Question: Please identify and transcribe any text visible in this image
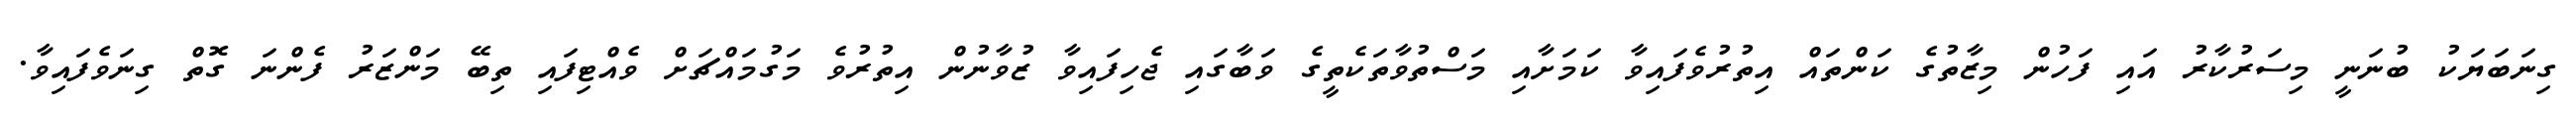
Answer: ގިނަބަޔަކު ބުނަނީ މިސަރުކާރު އައި ފަހުން މިޒާތުގެ ކަންތައް އިތުރުވެފައިވާ ކަމަށާއި މަސްތުވާތަކެތީގެ ވަބާގައި ޖެހިފައިވާ ޒުވާނުން އިތުރުވެ މަގުމައްޗަށް ވެއްޓިފައި ތިބޭ މަންޒަރު ފެންނަ ގޮތް ގިނަވެފައިވާ.